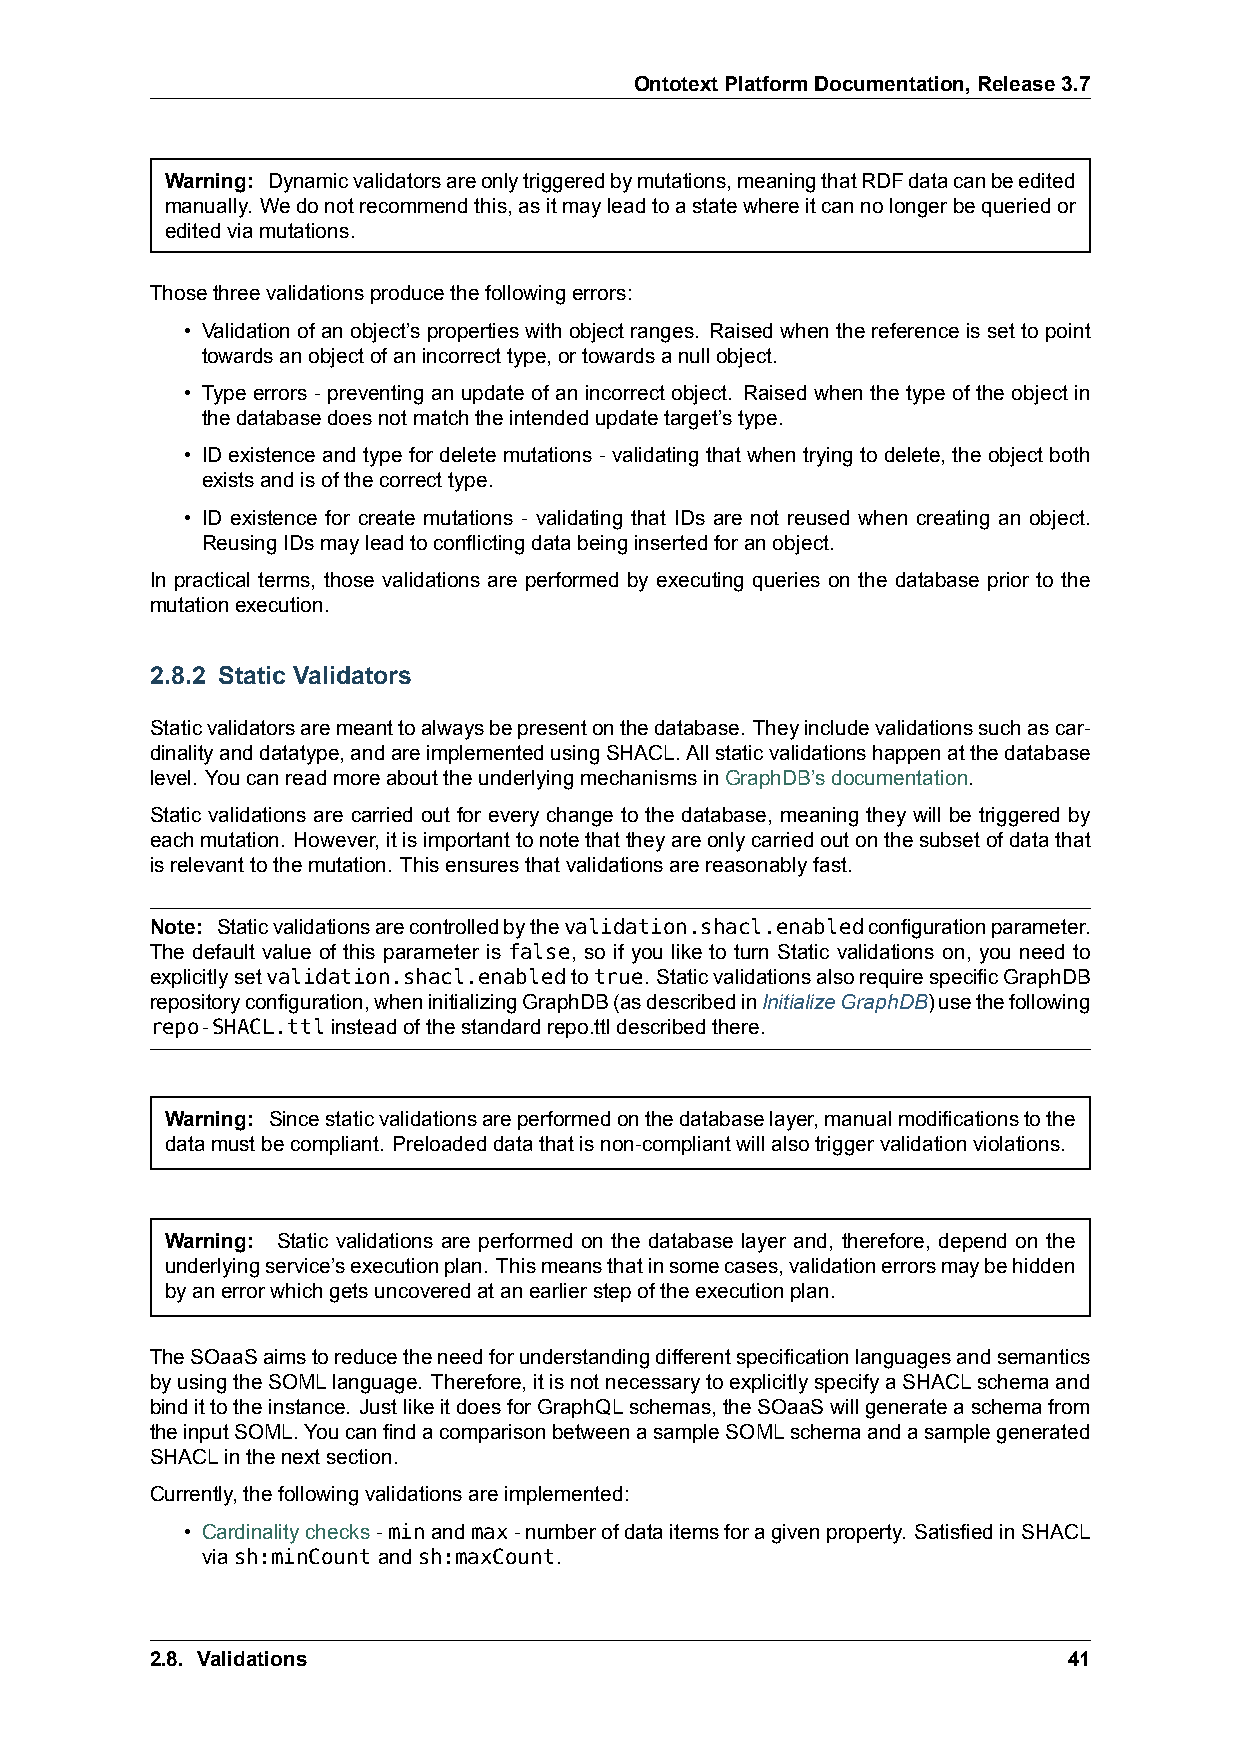
OntotextPlatformDocumentation,Release3.7
 Warning: Dynamicvalidatorsareonlytriggeredbymutations,meaningthatRDFdatacanbeedited
 manually. Wedonotrecommendthis,asitmayleadtoastatewhereitcannolongerbequeriedor
 editedviamutations.
 Thosethreevalidationsproducethefollowingerrors:
 • Validation of an object’s properties with object ranges. Raised when the reference is set to point
 towardsanobjectofanincorrecttype,ortowardsanullobject.
 • Type errors - preventing an update of an incorrect object. Raised when the type of the object in
 thedatabasedoesnotmatchtheintendedupdatetarget’stype.
 • ID existence and type for delete mutations - validating that when trying to delete, the object both
 existsandisofthecorrecttype.
 • ID existence for create mutations - validating that IDs are not reused when creating an object.
 ReusingIDsmayleadtoconflictingdatabeinginsertedforanobject.
 In practical terms, those validations are performed by executing queries on the database prior to the
 mutationexecution.
 2.8.2 Static Validators
 Staticvalidatorsaremeanttoalwaysbepresentonthedatabase. Theyincludevalidationssuchascar-
 dinalityanddatatype,andareimplementedusingSHACL.Allstaticvalidationshappenatthedatabase
 level. YoucanreadmoreabouttheunderlyingmechanismsinGraphDB’sdocumentation.
 Static validations are carried out for every change to the database, meaning they will be triggered by
 eachmutation. However,itisimportanttonotethattheyareonlycarriedoutonthesubsetofdatathat
 isrelevanttothemutation. Thisensuresthatvalidationsarereasonablyfast.
 Note: Staticvalidationsarecontrolledbythevalidation.shacl.enabledconfigurationparameter.
 The default value of this parameter is false, so if you like to turn Static validations on, you need to
 explicitlysetvalidation.shacl.enabledtotrue. StaticvalidationsalsorequirespecificGraphDB
 repositoryconfiguration,wheninitializingGraphDB(asdescribedinInitializeGraphDB)usethefollowing
 repo-SHACL.ttlinsteadofthestandardrepo.ttldescribedthere.
 Warning: Sincestaticvalidationsareperformedonthedatabaselayer,manualmodificationstothe
 datamustbecompliant. Preloadeddatathatisnon-compliantwillalsotriggervalidationviolations.
 Warning: Static validations are performed on the database layer and, therefore, depend on the
 underlyingservice’sexecutionplan. Thismeansthatinsomecases,validationerrorsmaybehidden
 byanerrorwhichgetsuncoveredatanearlierstepoftheexecutionplan.
 TheSOaaSaimstoreducetheneedforunderstandingdifferentspecificationlanguagesandsemantics
 byusingtheSOMLlanguage. Therefore,itisnotnecessarytoexplicitlyspecifyaSHACLschemaand
 bindittotheinstance. JustlikeitdoesforGraphQLschemas,theSOaaSwillgenerateaschemafrom
 theinputSOML.YoucanfindacomparisonbetweenasampleSOMLschemaandasamplegenerated
 SHACLinthenextsection.
 Currently,thefollowingvalidationsareimplemented:
 • Cardinalitychecks-minandmax-numberofdataitemsforagivenproperty. SatisfiedinSHACL
 viash:minCountandsh:maxCount.
 2.8. Validations                                             41